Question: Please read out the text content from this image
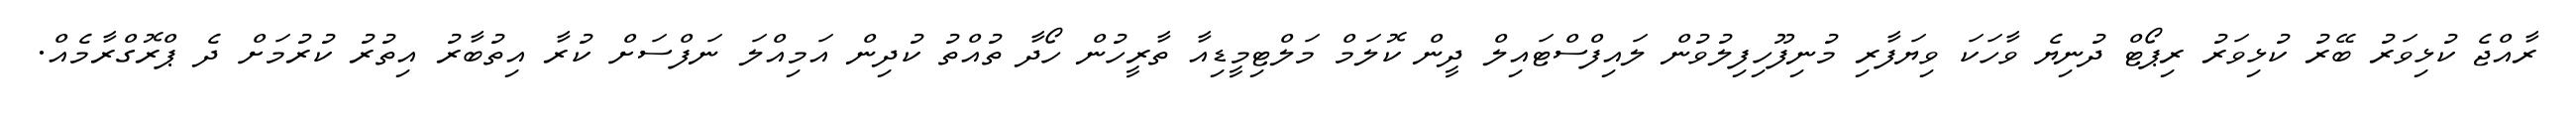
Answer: ރާއްޖެ ކުޅިވަރު ބޭރު ކުޅިވަރު ރިޕޯޓް ދުނިޔެ ވާހަކަ ވިޔަފާރި މުނިފޫހިފިލުވުން ލައިފްސްޓައިލް ދީން ކޮލަމް މަލްޓިމީޑިއާ ތާރީހުން ހޯދާ ތުއްތު ކުދިން އަމިއްލަ ނަފްސަށް ކުރާ އިތުބާރު އިތުރު ކުރުމަށް ދެ ޕްރޮގްރާމެއް.